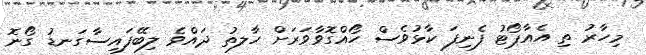
މިހާރު ތި އެއާޕޯޓު ފެނިފަ ކާޅުވެސް ހޯއްގޮވާވަރަށް ހާލތު ދައްވެ ލިބޭފައިސާގަނޑު ގޯނޮ